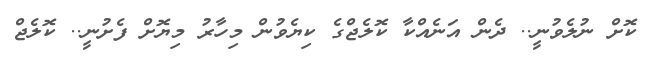
ކޮށް ނުލެވުނީ.. ދެން އަނެއްކާ ކޮލެޖްގެ ކިޔެވުން މިހާރު މިޔޮށް ފެށުނީ.. ކޮލެޖް